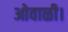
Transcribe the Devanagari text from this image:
ओवाळी।